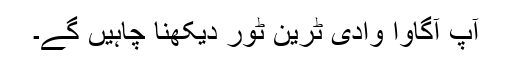
آپ آگاوا وادی ٹرین ٹور دیکھنا چاہیں گے۔